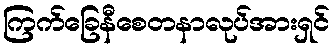
ကြက်ခြေနီစေတနာလုပ်အားရှင်